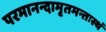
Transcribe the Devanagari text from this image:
परमानन्दामृतमन्तःस्थं